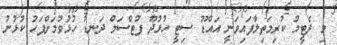
މި ދެޓީމު ކުރިމަތިލާފައިވަނީ އައްޑޫ ސިޓީ ހުޅުދޫ ފުޓްސަލް ދަނޑު ހުޅުވުމަށްފަހު ކުޅުނު